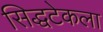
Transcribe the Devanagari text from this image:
सिद्धटेकला